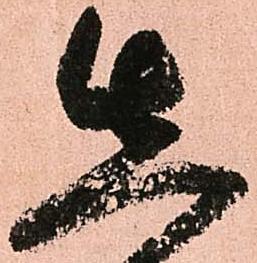
先